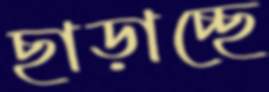
ছাড়াচ্ছে